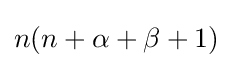
n(n+\alpha +\beta +1)